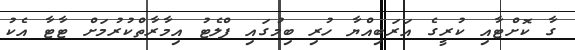
ގާ ކޮށްޓާއި ކުރީގެ އަރަބިއްޔާ ހުރި ބިމުގައި ފްލެޓު އިމާރާތްކުރުމަށް ޓާޓާ އެކު